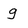
Character: g